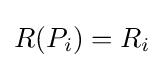
R(P_{i})=R_{i}